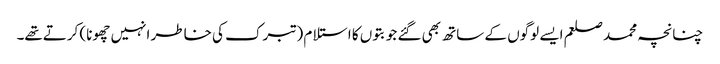
چنانچہ محمد صلعم ایسے لوگوں کے ساتھ بھی گئے جو بتوں کا استلام (تبرک کی خاطر انہیں چھونا) کرتےتھے۔